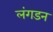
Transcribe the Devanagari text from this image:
लंगडन